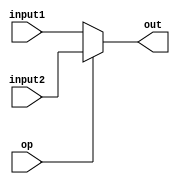
module Mux32 (
    input [31:0] input1,
    input [31:0] input2,
    input op,
    output [31:0] out
);
  assign out = (op) ? input2 : input1;
endmodule